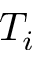
T _ { i }